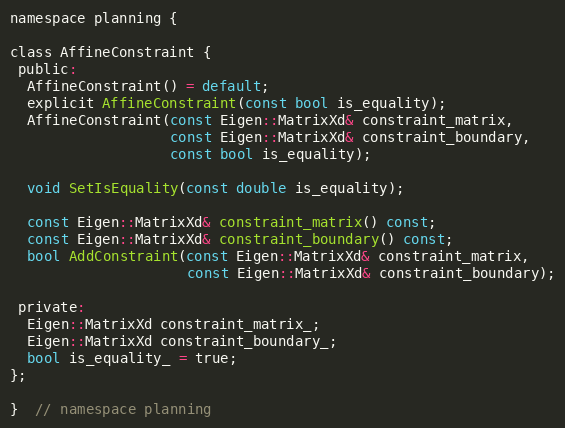
Language: C
namespace planning {

class AffineConstraint {
 public:
  AffineConstraint() = default;
  explicit AffineConstraint(const bool is_equality);
  AffineConstraint(const Eigen::MatrixXd& constraint_matrix,
                   const Eigen::MatrixXd& constraint_boundary,
                   const bool is_equality);

  void SetIsEquality(const double is_equality);

  const Eigen::MatrixXd& constraint_matrix() const;
  const Eigen::MatrixXd& constraint_boundary() const;
  bool AddConstraint(const Eigen::MatrixXd& constraint_matrix,
                     const Eigen::MatrixXd& constraint_boundary);

 private:
  Eigen::MatrixXd constraint_matrix_;
  Eigen::MatrixXd constraint_boundary_;
  bool is_equality_ = true;
};

}  // namespace planning